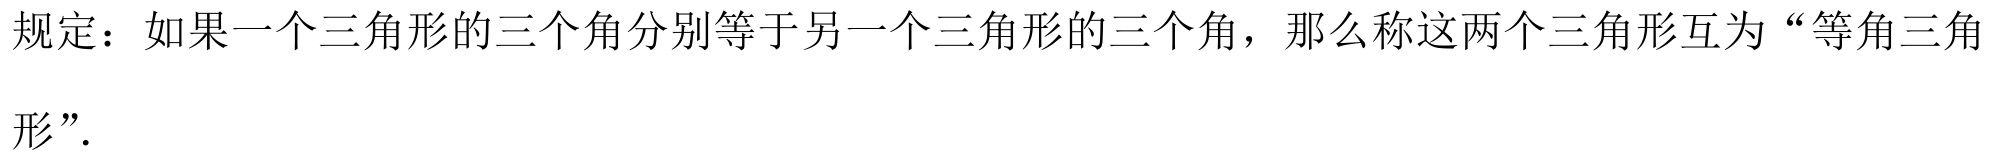
规定：如果一个三角形的三个角分别等于另一个三角形的三个角，那么称这两个三角形互为“等角三角形”.